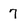
Character: 7